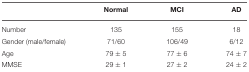
<table><thead><tr><td></td><td><b>Normal</b></td><td><b>MCI</b></td><td><b>AD</b></td></tr></thead><tbody><tr><td>Number</td><td>135</td><td>155</td><td>18</td></tr><tr><td>Gender (male/female)</td><td>71/60</td><td>106/49</td><td>6/12</td></tr><tr><td>Age</td><td>79 ± 5</td><td>77 ± 6</td><td>74 ± 7</td></tr><tr><td>MMSE</td><td>29 ± 1</td><td>27 ± 2</td><td>24 ± 2</td></tr></tbody></table>